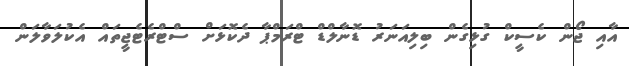
އާއި ޖޯން ކެސީކް ގުޅިގެން ބިލިއަނަރު ޑޮނާލްޑް ޓްރަމްޕާ ދެކޮޅަށް ސްޓްރެޓެޖީތައް އެކުލަވާލަން